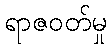
ရာဇဝတ်မှု